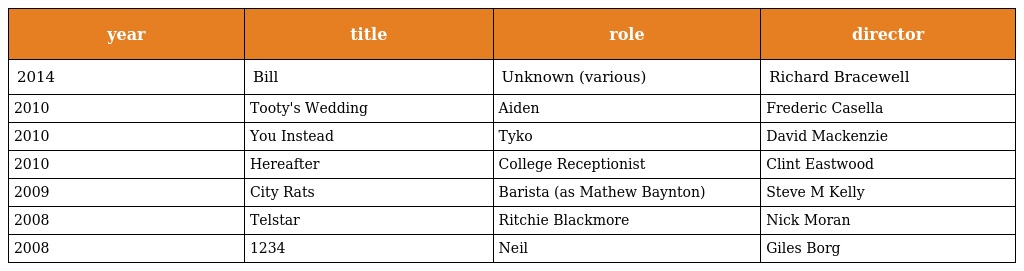
| year | title | role | director |
 | --- | --- | --- | --- |
 | 2014 | Bill | Unknown (various) | Richard Bracewell |
 | 2010 | Tooty's Wedding | Aiden | Frederic Casella |
 | 2010 | You Instead | Tyko | David Mackenzie |
 | 2010 | Hereafter | College Receptionist | Clint Eastwood |
 | 2009 | City Rats | Barista (as Mathew Baynton) | Steve M Kelly |
 | 2008 | Telstar | Ritchie Blackmore | Nick Moran |
 | 2008 | 1234 | Neil | Giles Borg |